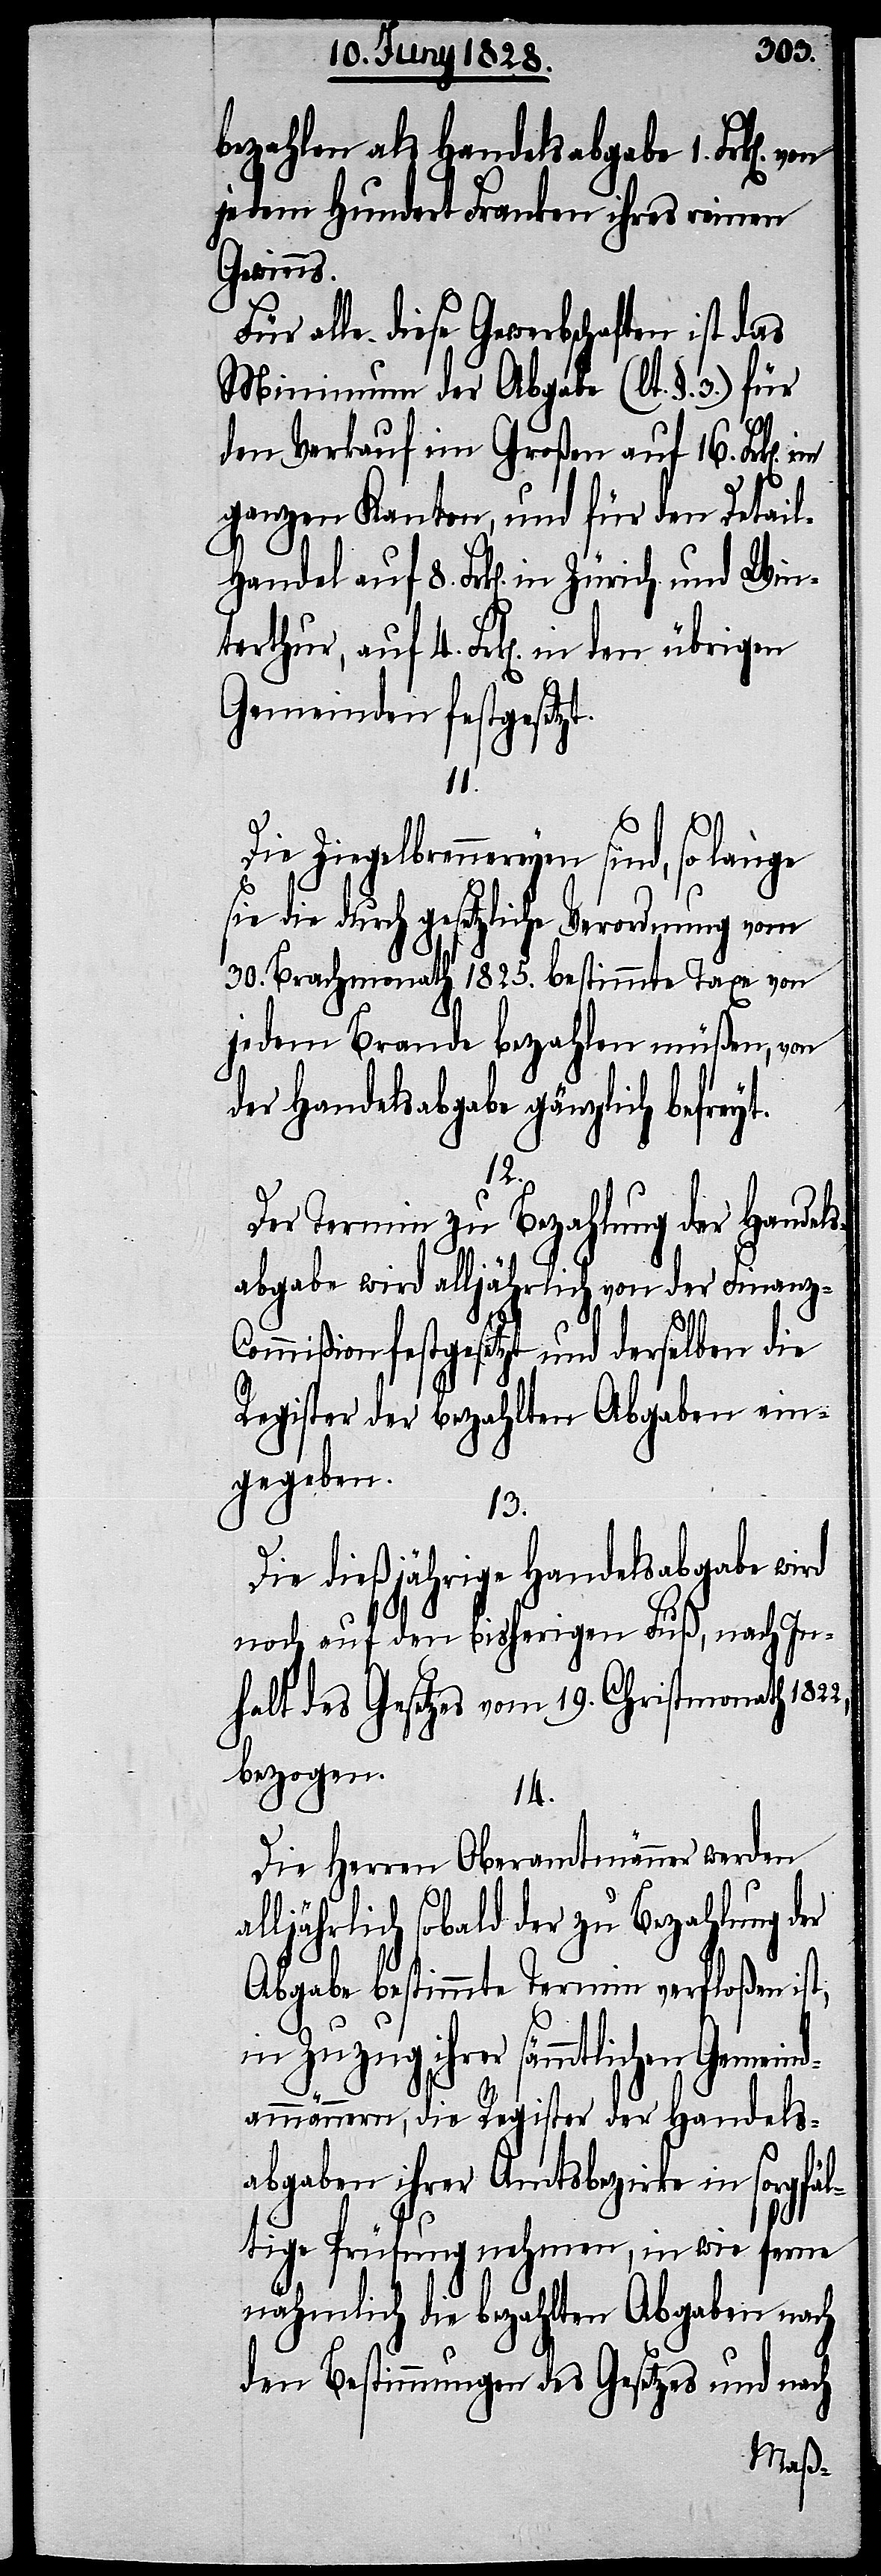
bezahlen als Handelsabgabe 2. Frk[en].
jedem Hundert Franken ihres reinen
l-Handel
Für alle diese Gewerbschaften ist das
Minimum der Abgabe (lt. §. 3.) für
den Verkauf im Großen auf 16. Frk[e¬
ganzen Kanton, und für den Detai¬
Gemeinden festgesetzt.
n].
Ziegelbrennereyen sind, so lange
sie durch gesetzliche Verordnung vom
30. Brachmonath 1825. bestimmte Taxe von
jedem Brande bezahlen müßen, von
der Handelsabgabe gänzlich befreyt.
12.
Der Termin zu Bezahlung der Handels¬
abgabe wird alljährlich von der Finanz-C¬
ommißion festgesetzt und derselben die
Register der bezahlten Abgaben ein¬
gegeben.
13.
Die dießjährige Handelsabgabe wird
noch auf den bisherigen Fuß, nach In¬
halt des Gesetzes vom 19. Christmonath
bezogen.
14.
Die Herren Oberamtmänner werden
alljährlich sobald der zu Bezahlung der
Abgabe bestimmte Termin verfloßen ist,
in Zuzug ihrer sämmtlichen Gemeind¬
ammännern, die Register der Handels¬
abgaben ihrer Amtsbezirke in sorgfä¬
ltige Prüfung nehmen, in wie ferne
nähmlich die bezahlten Abgaben nach
den Bestimmungen des Gesetzes und nach